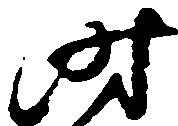
時